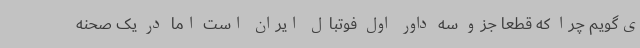
ی‌گویم چرا که قطعا جزو سه داور اول فوتبال ایران است اما در یک صحنه